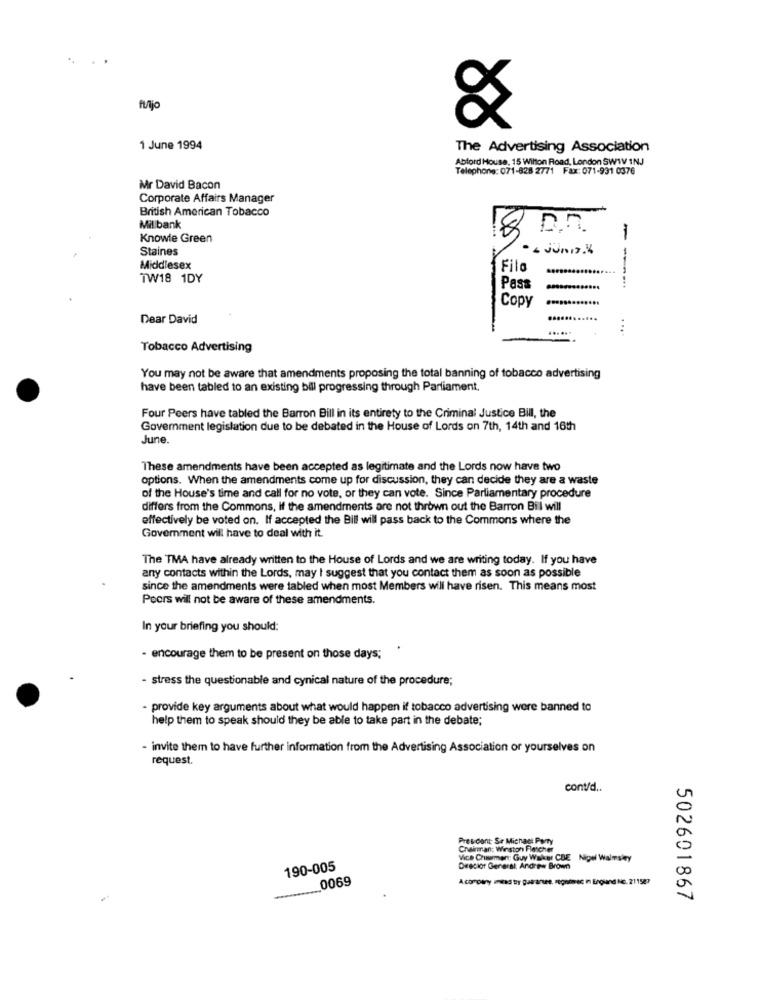
..
fijo
&
1 June 1994
The Advertising Association
Abford House, 15 Wilton Road, London SWWV 1NJ
Telephone: 071-828 2771 Fax: 071-931 0376
Mr David Bacon
Corporate Affairs Manager
British American Tobacco
Mil bank
Knowle Green
Staines
· - Juni 4
Middlesex
Filo
TW18 1DY
---
Pass
Copy
Dear David
....
... ..
...
Tobacco Advertising
You may not be aware that amendments proposing the total banning of tobacco advertising
have been tabled to an existing bill progressing through Parliament.
Four Peers have tabled the Barron Bill in its entirety to the Criminal Justice Bill, the
Government legislation due to be debated in the House of Lords on 7th, 14th and 16th
June.
These amendments have been accepted as legitimate and the Lords now have two
options. When the amendments come up for discussion, they can decide they are a waste
of the House's time and call for no vote, or they can vote. Since Parliamentary procedure
differs from the Commons, if the amendments are not thrown out the Barron Bil will
effectively be voted on. If accepted the Bill will pass back to the Commons where the
Government will have to deal with it
The TMA have already written to the House of Lords and we are writing today. If you have
any contacts within the Lords, may I suggest that you contact them as soon as possible
since the amendments were tabled when most Members will have risen. This means most
Poors will not be aware of these amendments.
In your briefing you should:
- encourage them to be present on those days;
- stress the questionable and cynical nature of the procedure;
provide key arguments about what would happen if tobacco advertising were banned to
help them to speak should they be able to take part in the debate;
- invite them to have further information from the Advertising Association or yourselves on
request.
cont/d ..
Pres cont Sr Michacl Pary
Chairman: Winston Fletcher
Vice Churmen: Guy Walker CDE
Nigel Walmsley
190-005
Director General: Andrew Brown
0069
Acomowy miesd tr guarantee, regninec in England No. 211527
502601867